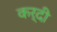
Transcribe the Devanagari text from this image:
कर्दी